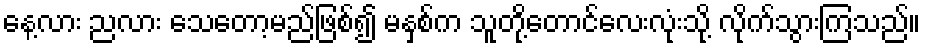
နေ့လား ညလား သေတော့မည်ဖြစ်၍ မနှစ်က သူတို့တောင်လေးလုံးသို့ လိုက်သွားကြသည်။